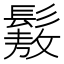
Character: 𩮯